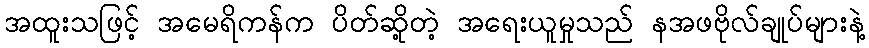
အထူးသဖြင့် အမေရိကန်က ပိတ်ဆို့တဲ့ အရေးယူမှုသည် နအဖဗိုလ်ချုပ်များနဲ့